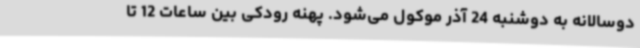
دوسالانه به دوشنبه 24 آذر موکول می‌شود. پهنه رودکی بین ساعات 12 تا